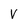
Character: V